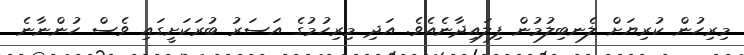
މިރިހުން ކުރިޔަށް ލެނބިލުމުން ފިލައިދާނެއެވެ. އަދި މިރިހުމުގެ އަސަރު ބުރަކަށީގައި ވެސް ހުންނާނެ